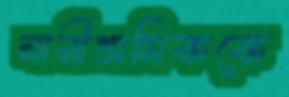
নারীশ্রমিককে